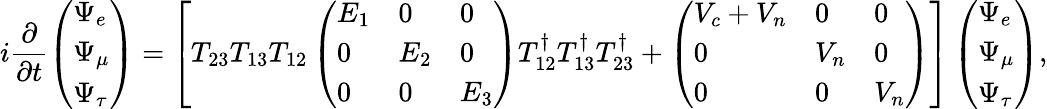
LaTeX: i\frac{\partial}{\partial t}\left(\begin{array}{l}{{\Psi_{e}}}\\ {{\Psi_{\mu}}}\\ {{\Psi_{\tau}}}\end{array}\right)=\left[T_{23}T_{13}T_{12}\left(\begin{array}{lll}{{E_{1}}}&{{0}}&{{0}}\\ {{0}}&{{E_{2}}}&{{0}}\\ {{0}}&{{0}}&{{E_{3}}}\end{array}\right)T_{12}^{\dagger}T_{13}^{\dagger}T_{23}^{\dagger}+\left(\begin{array}{lll}{{V_{c}+V_{n}}}&{{0}}&{{0}}\\ {{0}}&{{V_{n}}}&{{0}}\\ {{0}}&{{0}}&{{V_{n}}}\end{array}\right)\right]\left(\begin{array}{l}{{\Psi_{e}}}\\ {{\Psi_{\mu}}}\\ {{\Psi_{\tau}}}\end{array}\right),